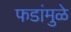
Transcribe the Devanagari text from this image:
फडांमुळे